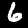
Label: 6